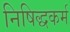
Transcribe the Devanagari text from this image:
निषिद्धकर्म